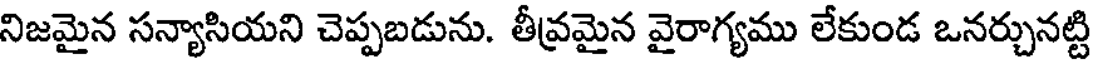
నిజమైన సన్యాసియని చెప్పబడును. తీవ్రమైన వైరాగ్యము లేకుండ ఒనర్చునట్టి